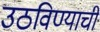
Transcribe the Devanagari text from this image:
उठविण्याची